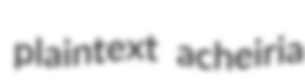
plaintext acheiria